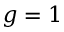
g = 1